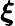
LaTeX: \boldsymbol{\xi}